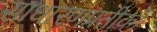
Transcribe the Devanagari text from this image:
साधारणप्रतीकों